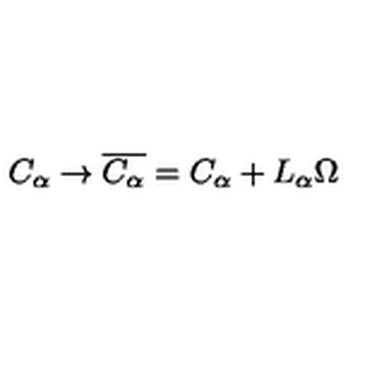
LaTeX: C _ { \alpha } \to \overline { { C _ { \alpha } } } = C _ { \alpha } + L _ { \alpha } \Omega